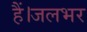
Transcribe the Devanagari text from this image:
हैं।जलभर